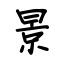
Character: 景